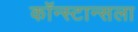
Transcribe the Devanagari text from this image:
कॉन्स्टान्सला